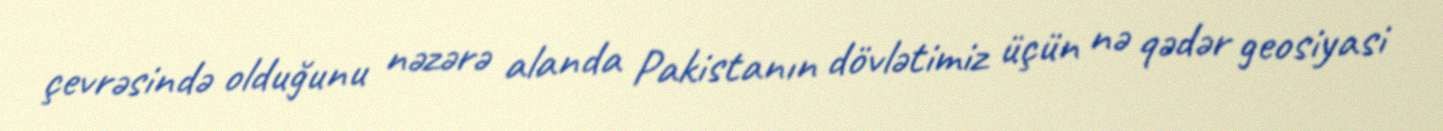
çevrəsində olduğunu nəzərə alanda Pakistanın dövlətimiz üçün nə qədər geosiyasi